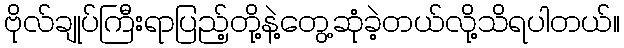
ဗိုလ်ချုပ်ကြီးရာပြည့်တို့နဲ့တွေ့ဆုံခဲ့တယ်လို့သိရပါတယ်။